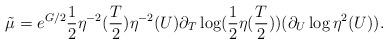
LaTeX: \begin{align*}{\tilde \mu}= e^{G/2}\frac{1}{2}\eta^{-2}(\frac{T}{2})\eta^{-2}(U) \partial_T\log( \frac{1}{2}\eta(\frac{T}{2}))(\partial_U \log\eta^{2}(U)).\end{align*}